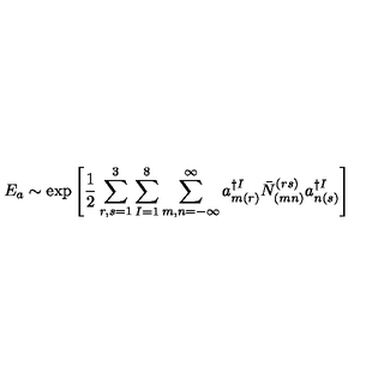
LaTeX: E _ { a } \sim \exp \left[ \frac { 1 } { 2 } \sum _ { r , s = 1 } ^ { 3 } \sum _ { I = 1 } ^ { 8 } \sum _ { m , n = - \infty } ^ { \infty } a _ { m ( r ) } ^ { \dagger I } \bar { N } _ { ( m n ) } ^ { ( r s ) } a _ { n ( s ) } ^ { \dagger I } \right]